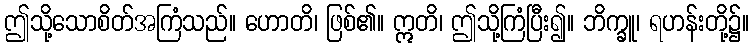
ဤသို့သောစိတ်အကြံသည်။ ဟောတိ၊ ဖြစ်၏။ ဣတိ၊ ဤသို့ကြံပြီး၍။ ဘိက္ခူ၊ ရဟန်းတို့၌။